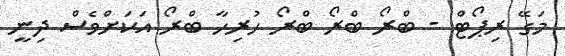
މަގޭ ރިޕޯޓް - ބްރޯ ބްރޯ ބްރޯ ހުރިހާ ބްރޯ އަކަށްވެސް ދިނީ